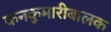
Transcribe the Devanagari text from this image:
कनकुमारीबालक